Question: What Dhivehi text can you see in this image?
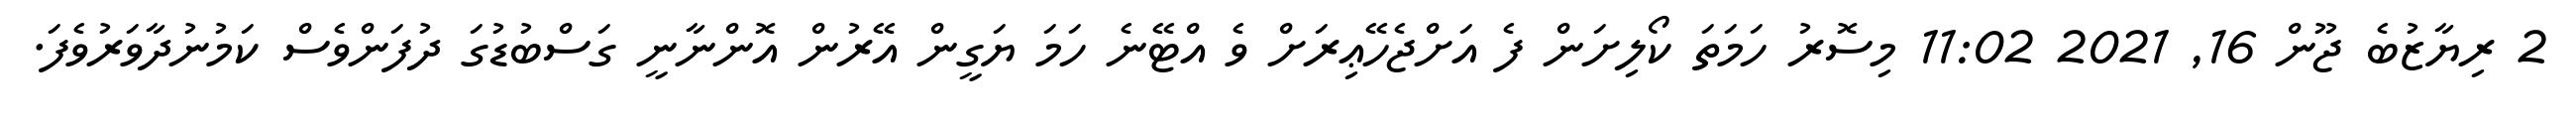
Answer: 2 ރިޔާޒުބެ ޖޫން 16, 2021 11:02 މިސޮރު ހަމަތަ ކޯލިށަން ފެ އަށްޖެހޭޢިރަށް ވެ އްޓޭނެ ހަމަ ޔަގީން އޭރުން އޮންނާނީ ގަސްބުޑުގަ ދުފަންވެސް ކަމުނުދާވަރުވެފަ.